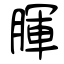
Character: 腪